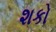
શકો